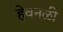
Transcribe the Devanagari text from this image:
हेवनळी